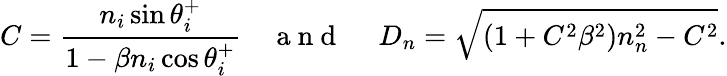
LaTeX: C=\frac{n_{i}\sin\theta_{i}^{+}}{1-\beta n_{i}\cos\theta_{i}^{+}}\quad\mathrm{~a~n~d~\quad~}D_{n}=\sqrt{(1+C^{2}\beta^{2})n_{n}^{2}-C^{2}}.